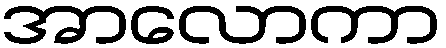
အာလောကာ